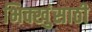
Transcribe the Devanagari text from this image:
भिक्खुंसाठी